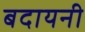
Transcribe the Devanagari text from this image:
बदायनी